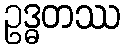
ဥဒ္ဓတဿ